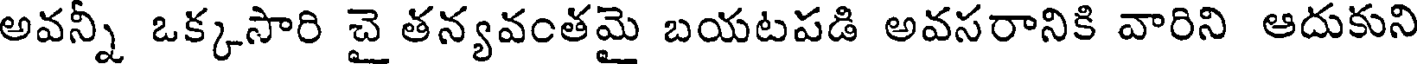
అవన్నీ ఒక్కసారి చై తన్యవంతమై బయటపడి అవసరానికి వారిని ఆదుకుని